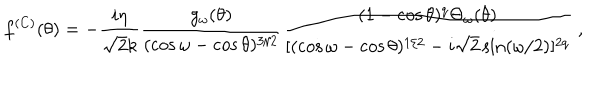
f ^ { ( C ) } ( \theta ) = - \frac { i \eta } { \sqrt 2 k } \frac { g _ { \omega } ( \theta ) } { ( \cos \omega - \cos \theta ) ^ { 3 / 2 } } \frac { ( 1 - \cos \theta ) ^ { q } \Theta _ { \omega } ( \theta ) } { [ ( \cos \omega - \cos \theta ) ^ { 1 / 2 } - i \sqrt 2 \sin ( \omega / 2 ) ] ^ { 2 q } } \ ,